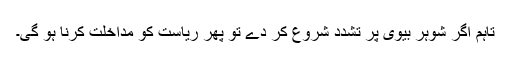
تاہم اگر شوہر بیوی پر تشدد شروع کر دے تو پھر ریاست کو مداخلت کرنا ہو گی۔